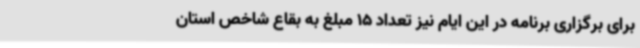
برای برگزاری برنامه در این ایام نیز تعداد 15 مبلغ به بقاع شاخص استان